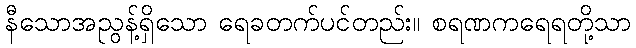
နီသောအညွန့်ရှိသော ရေခတက်ပင်တည်း။ စရဏကရေရတို့သာ